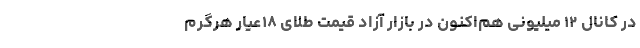
در کانال ۱۲ میلیونی هم‌اکنون در بازار آزاد قیمت طلای ۱۸عیار هرگرم